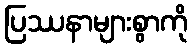
ပြဿနာများစွာကို